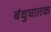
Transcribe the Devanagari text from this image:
बंधुघातक